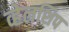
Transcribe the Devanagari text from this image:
व्हेलशिप